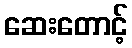
ဆေးတောင့်